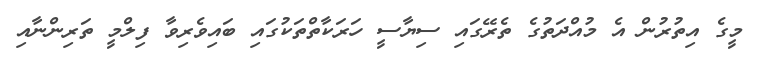
މީގެ އިތުރުން އެ މުއްދަތުގެ ތެރޭގައި ސިޔާސީ ހަރަކާތްތަކުގައި ބައިވެރިވާ ފިލްމީ ތަރިންނާއި